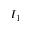
I _ { 1 }